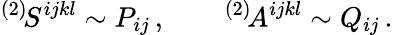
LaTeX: {}^{(2)}\! S^{ijkl}\sim P_{ij}\, ,\qquad{}^{(2)}\! A^{ijkl}\sim Q_{ij}\, .